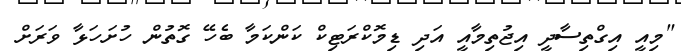
"މިއީ އިގްތިސާދީ އިޖުތިމާއީ އަދި ޑިމޮކްރަޓިކް ކަންކަމާ ބެހޭ ގޮތުން ހުށަހަޅާ ވަރަށް